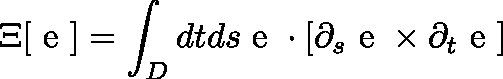
\Xi [ { \mathrm { \boldmath ~ e ~ } } ] = \int _ { D } d t d s { \mathrm { \boldmath ~ e ~ } } \cdot [ \partial _ { s } { \mathrm { \boldmath ~ e ~ } } \times \partial _ { t } { \mathrm { \boldmath ~ e ~ } } ]